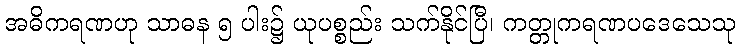
အဓိကရဏဟု သာဓန ၅ ပါး၌ ယုပစ္စည်း သက်နိုင်ပြီ၊ ကတ္တုကရဏပဒေသေသု